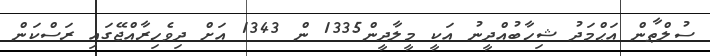
ސުލްޠާން އަޙްމަދު ޝިހާބުއްދީނު އަކީ މީލާދީން1335 ން 1343 އަށް ދިވެހިރާއްޖޭގައި ރަސްކަން